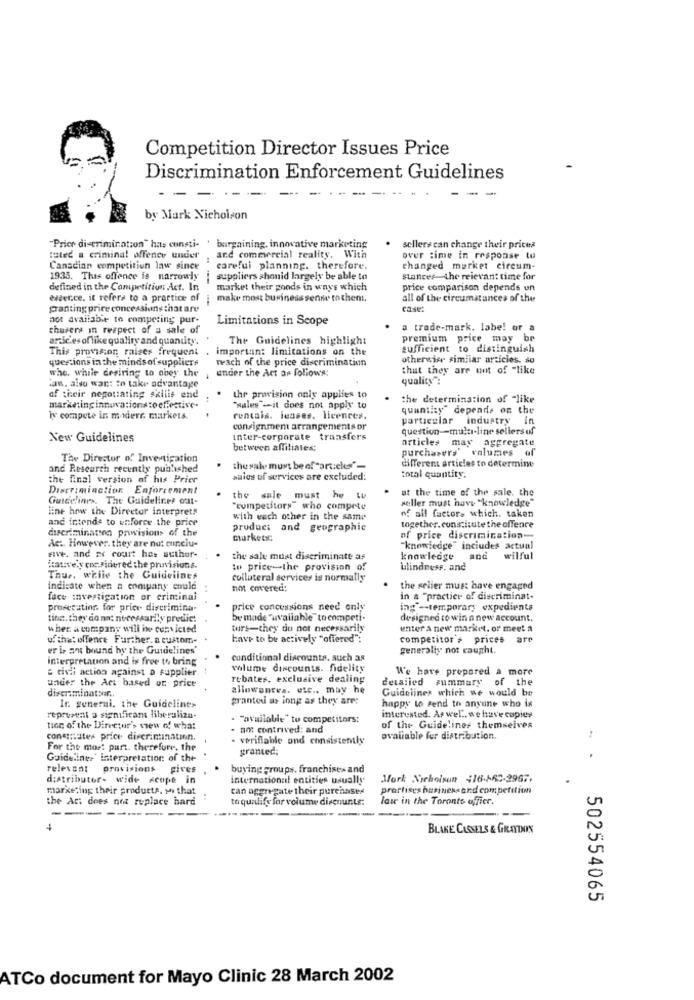
Competition Director Issues Price
Discrimination Enforcement Guidelines
--
--
---
by Mark Nicholson
"Price discrimination" has consti-
bargaining, innovative marketing
sellers can change their prices
tuted a criminal offence under
and commercial reality, With
over time in response to
Canadian competition law since " care!ui planning. therefore.
changed merket circum-
1935. Thas offence is narrowly | suppliers shonid largely be able to
stances-the relevant time for
defined in the Competition Act. In
market their ponds in ways which
price comparison depends un
edder.ce. it refers to a practice of : make most business sense to thent.
all of the circumstances of the
panting prire concessions that are
not available to competing; pur-
Limitations in Scope
churers In respect of a sale of
a trade-mark. labe! or a
ardic.es of like qualiry and quantity.
The Guidelines highlight
premium price may be
This provision raises frequent .
importan: limitations on the
sufficient to distinguish
questions in the minds of suppliers
reach of the price discrimination
otherwise similar articles. so
who. while desiring to obey the
under the Act as follows:
that they are unt of "like
as, also war: in take advantage
quality :
of their negotiating skliis end
the provision only applies to
the determination of "like
marketing innovations toeffective.
"wales" -- it does not apply to
quantity" depends on the
Wy compete in moderr. markets.
roncais. lesses. licences.
particular industry in
consignmem arrangements or
question-multi-line sellers of
New Guidelines
inter-corporate transfers
articles may aggregate
between affiliates;
purchasers' volumes af
The Director of Investigation
different articles to determine
and Research recently published
the sale must be of "art:che"-
the final version of his Prier
sales of services are excluded:
total quantity.
Discriminction. Enforcement
at the time of the sale. the
Guidelines. The Guidelines out-
the sale must he tu
seller must have "knowledge"
line how the Director interpret!
"competitors who compete
and intende to enforce the price
with each other in the same
of all factors which. taken
discrimination provisions of the
product and geographic
together.constitute the offence
Ac .. However, they are nut cunciu-
market
of price discrimination-
EIve. and at court has author-
"knowledge" inciudes actual
the sale must discriminate as
knowledge and wilful
itative'y considered the provisions.
to price-the provision of
blindness. and
Thur. while the Guidelines
collateral services is normally
indicate when a company could
not covered;
the seller must have engaged
face investigation or criminal
in a "practice of discriminat-
procceating. for price discrimina-
price concussions need only
ing -- temporary expedients
ting. they do nn: necessarily predict
be made "wvaliable" to enmpeti-
designed to win a new account.
when a company will ine convicted
tors-they do not necessarily
unter a new market. or meet a
uf that offence Further.a custom-
have to be actively "offered";
competitor # prices
are
er is set bound hy the Guidelines'
generally not caught.
Interpretation and is free to bring
cunditional discounts. such as
& civil action against o supplier
volume discounts. fidelity
We have prepared a more
under the Act based on price
rebates. exclusive dealing
detailed summary of the
discrimination ..
allowancea. ett .. may he
Guidelines which we would be
granted as long as they are:
happy to send to anyone who is
Ir. gunerai. the Guidelines
reprvevat a significant liberaliza-
"available" tu competitors:
interested. As well. we have copies
tier of the Director's view of what
- no: contrived: and
of the Guidelines themselves
constates price discrimination.
. verifiable ond consistently
available for distribution.
For the most part. therefore, the
granted:
Guidelines interpretation of the
relevant
provisions gives
buying groups. franchises and
distributor- wide scope in
international entities usually
Mork Nicholson :16-6-62-2967.
marketing their products. yo that
can aggregate their purchases
prartiges business and competition
the Act does not replace hard
to qualify for volume discounts:
law in the Toronto officr.
--
BLAKE CLOSELS & GRATINOIN
502554065
ATCo document for Mayo Clinic 28 March 2002